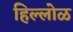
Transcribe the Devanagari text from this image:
हिल्लोळ